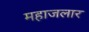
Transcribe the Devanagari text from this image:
महाजलार